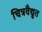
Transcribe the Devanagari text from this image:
चित्रवैद्युत